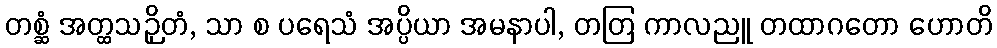
တစ္ဆံ အတ္ထသဉှိတံ, သာ စ ပရေသံ အပ္ပိယာ အမနာပါ, တတြ ကာလညူ တထာဂတော ဟောတိ